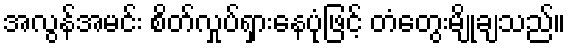
အလွန်အမင်း စိတ်လှုပ်ရှားနေပုံဖြင့် တံတွေးမျိုချသည်။